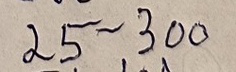
24 - 300